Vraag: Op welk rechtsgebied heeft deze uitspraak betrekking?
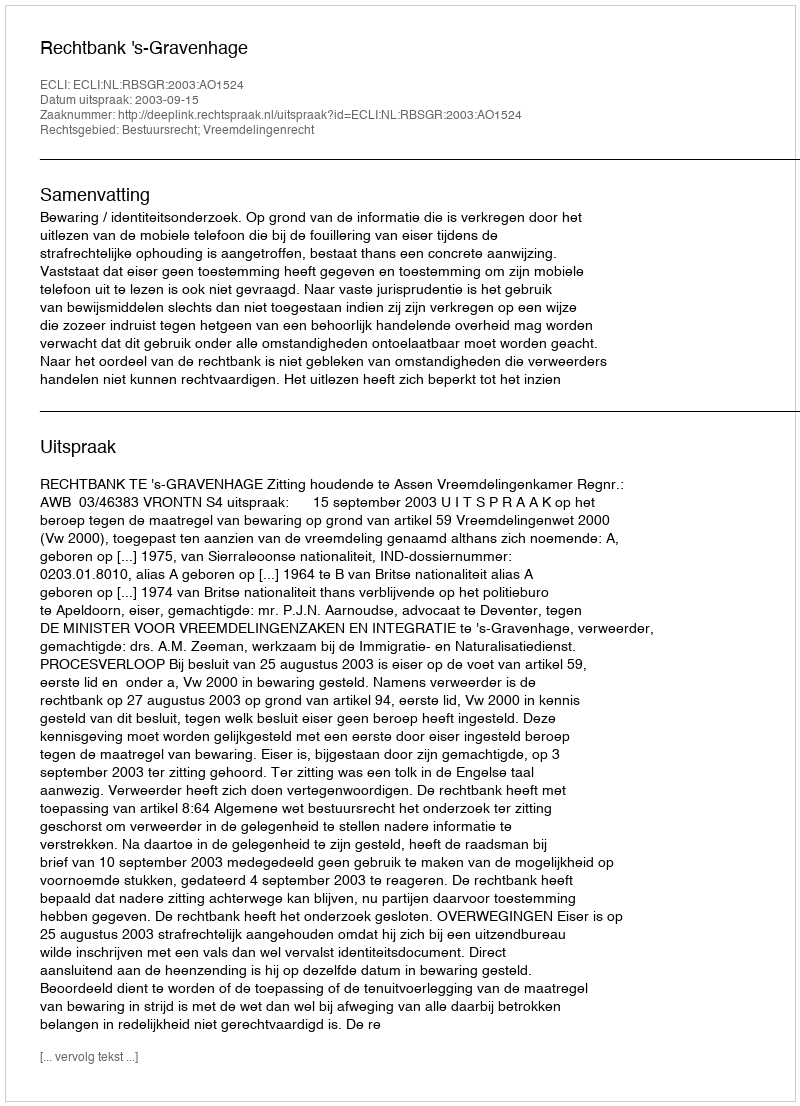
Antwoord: Bestuursrecht; Vreemdelingenrecht